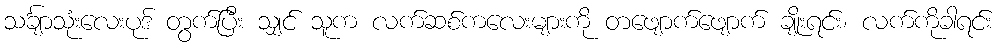
သင်္ချာသုံးလေးပုဒ် တွက်ပြီး သျှင် သူက လက်ဆစ်ကလေးများကို တဖျောက်ဖျောက် ချိုးရင်း၊ လက်ကိုခါရင်း